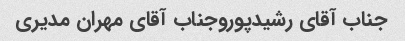
جناب آقای رشیدپوروجناب آقای مهران مدیری